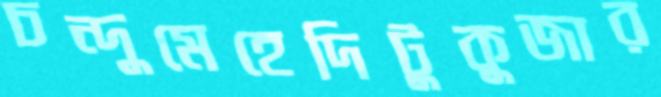
চন্দুমেহেদিটুকুজার